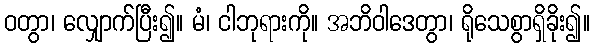
ဝတွာ၊ လျှောက်ပြီး၍။ မံ၊ ငါဘုရားကို။ အဘိဝါဒေတွာ၊ ရိုသေစွာရှိခိုး၍။